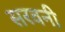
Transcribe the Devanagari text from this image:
सरवनी